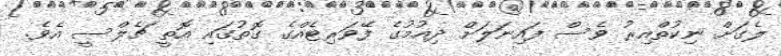
ލެގަށް ނިކުތްއިރު ވެސް ފައިނަލަށް ދިއުމުގެ ފޭވަރިޓެއްގެ ގޮތުގައި އޮތީ ޗެލްސީ އެވެ.